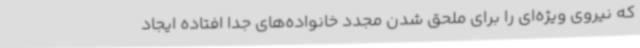
که نیروی ویژه‌ای را برای ملحق شدن مجدد خانواده‌های جدا افتاده ایجاد